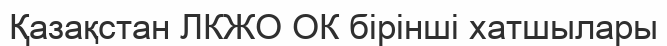
Қазақстан ЛКЖО ОК бірінші хатшылары